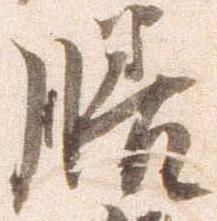
膳